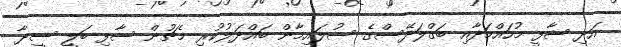
އަދި ޝާފީ މުހައްމަދާއި ބަގްލަދޭސްގެ ސުލައިމާން ބައްދަލުކުރި މެޗުން ސާފި ބަލީ ސީދާ